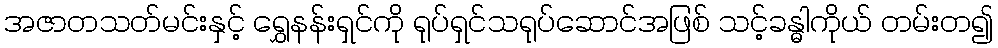
အဇာတသတ်မင်းနှင့် ရွှေနန်းရှင်ကို ရုပ်ရှင်သရုပ်ဆောင်အဖြစ် သင့်ခန္ဓါကိုယ် တမ်းတ၍